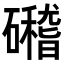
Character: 𥗎